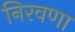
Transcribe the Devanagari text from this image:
निरवणा